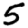
Digit: 5